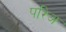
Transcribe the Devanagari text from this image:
परिअ